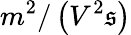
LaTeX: m^{2}/\left(V^{2}\mathfrak{s}\right)